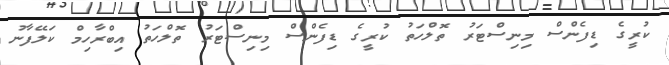
ކުރީގެ ޑިފެންސް މިނިސްޓަރު ތޮލްހަތު ކުރީގެ ޑިފެންސް މިނިސްޓަރު ތޮލްހަތު އިބްރާހިމް ކަލޭފާނު